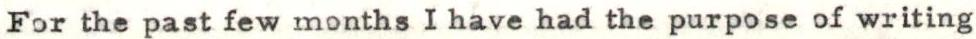
For the past few months I have had the purpose of writing